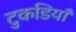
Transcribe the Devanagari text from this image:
टुकडियाँ